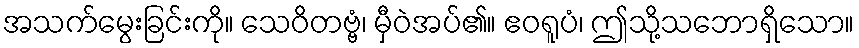
အသက်မွေးခြင်းကို။ သေဝိတဗ္ဗံ၊ မှီဝဲအပ်၏။ ဧဝရူပံ၊ ဤသို့သဘောရှိသော။